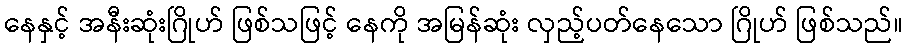
နေနှင့် အနီးဆုံးဂြိုဟ် ဖြစ်သဖြင့် နေကို အမြန်ဆုံး လှည့်ပတ်နေသော ဂြိုဟ် ဖြစ်သည်။